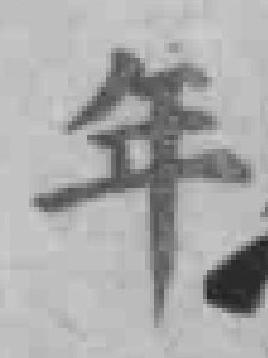
年